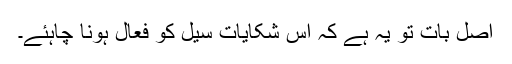
اصل بات تو یہ ہے کہ اس شکایات سیل کو فعال ہونا چاہئے۔